Document type: Emphyteutic lease
Year: 1473
Scribe: [Unknown]
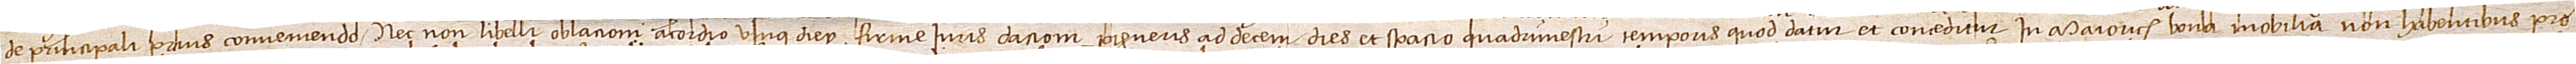
de principali prius conveniendo, nec non libelli, oblacioni, acordio unius diey, firme iuris, dacioni, pigneris ad decem dies et spacio quadrimestri temporis quod datur et conceditur in Maioricis bona imobilia non habentibus pro